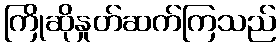
ကြိုဆိုနှုတ်ဆက်ကြသည်